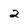
Character: 2